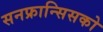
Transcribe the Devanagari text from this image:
सनफ्रान्सिसको